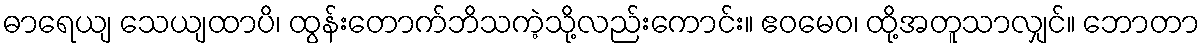
ဓာရေယျ သေယျထာပိ၊ ထွန်းတောက်ဘိသကဲ့သို့လည်းကောင်း။ ဧဝမေဝ၊ ထို့အတူသာလျှင်။ ဘောတာ